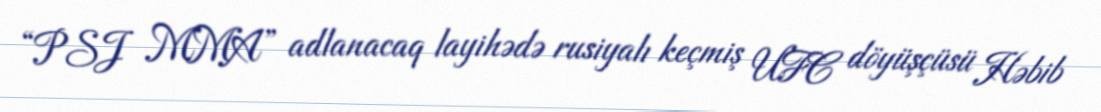
“PSJ MMA” adlanacaq layihədə rusiyalı keçmiş UFC döyüşçüsü Həbib